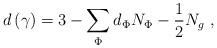
LaTeX: \begin{align*}d\left( \gamma \right) =3-\sum\limits_\Phi d_\Phi N_\Phi -\frac 12N_g\,\,,\end{align*}